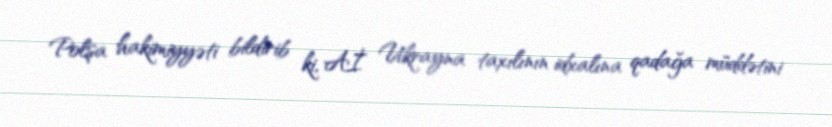
Polşa hakimiyyəti bildirib ki, Aİ Ukrayna taxılının idxalına qadağa müddətini